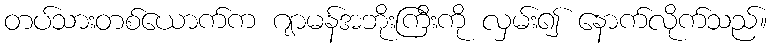
တပ်သားတစ်ယောက်က ဂျာမန်အဘိုးကြီးကို လှမ်း၍ နောက်လိုက်သည်။